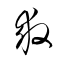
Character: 救